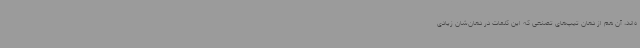
ه‌اند، آن هم از دهان تیپ‌های تصنعی که این کلمات در دهان‌شان زیادی